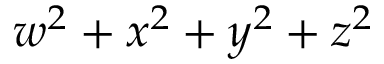
w ^ { 2 } + x ^ { 2 } + y ^ { 2 } + z ^ { 2 }